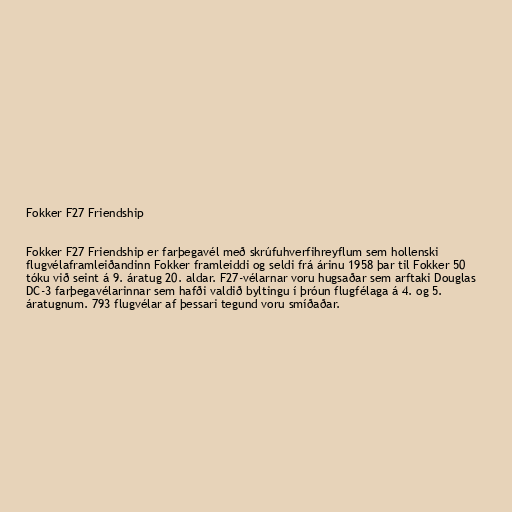
Fokker F27 Friendship

Fokker F27 Friendship er farþegavél með skrúfuhverfihreyflum sem hollenski
flugvélaframleiðandinn Fokker framleiddi og seldi frá árinu 1958 þar til Fokker 50
tóku við seint á 9. áratug 20. aldar. F27-vélarnar voru hugsaðar sem arftaki Douglas
DC-3 farþegavélarinnar sem hafði valdið byltingu í þróun flugfélaga á 4. og 5.
áratugnum. 793 flugvélar af þessari tegund voru smíðaðar.